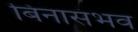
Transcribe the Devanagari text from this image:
बिनासंभव